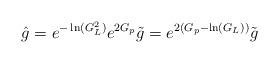
LaTeX: \begin{align*}\hat{g}=e^{-\ln(G^2_L)}e^{2G_p}\tilde{g}=e^{2(G_p-\ln(G_L))}\tilde{g}\end{align*}